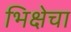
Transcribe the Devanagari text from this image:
भिक्षेचा